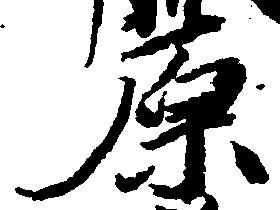
原